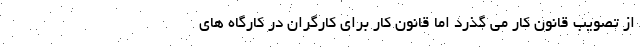
از تصویب قانون کار می گذرد اما قانون کار برای کارگران در کارگاه های